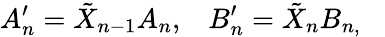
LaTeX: A_{n}^{\prime}=\tilde{X}_{n-1}A_{n},\; \; \; B_{n}^{\prime}=\tilde{X}_{n}B_{n,}\; \; \;